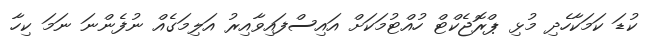
ކުޑަ ކަމަކާހެދި މުޅި ޕްރޮޖެކްޓް ހުއްޓުމަކަށް އައިސްފައިވާއިރު އަލިމަގެއް ނުފެންނަ ނަމަ ކިހާ